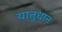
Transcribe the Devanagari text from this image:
यातुधान